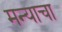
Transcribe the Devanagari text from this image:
मन्याचा